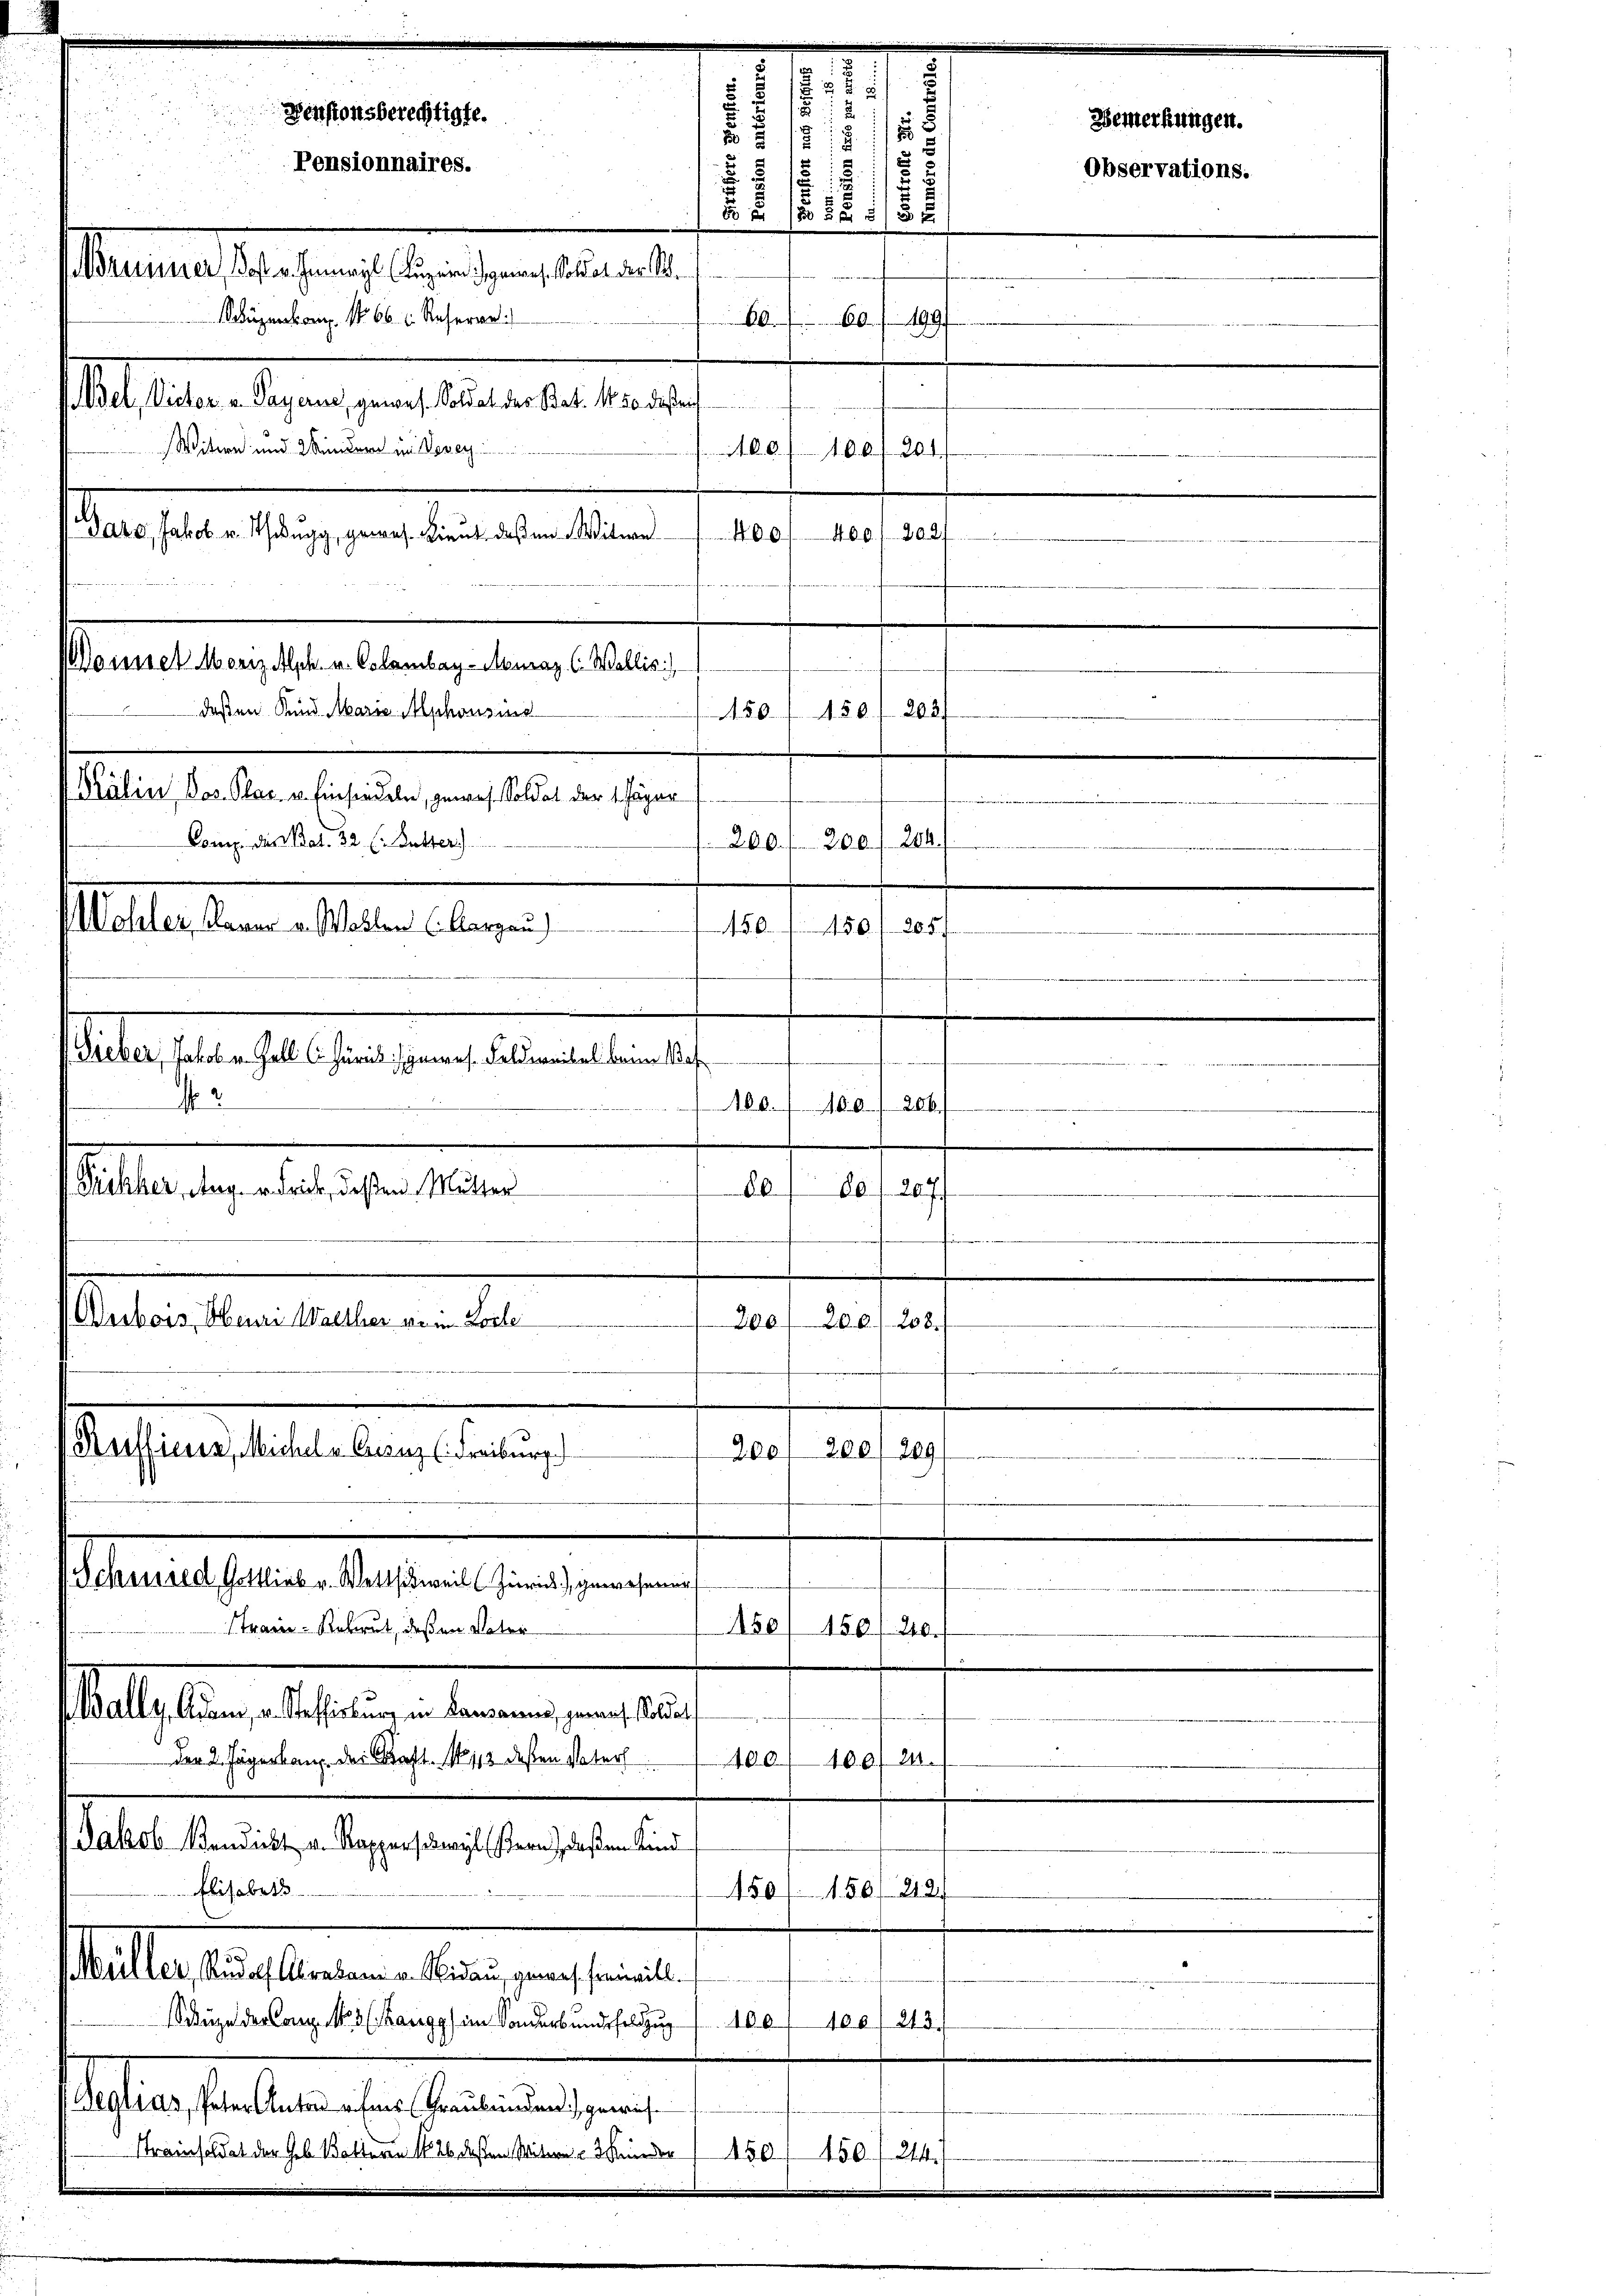
.
1
s
¬
2.
Pensionsberechtigte.
s
5
850
1819.
Pensionnaires.
u

 0 x
d
Material tragung der geselbe alten
ügen kann. No 66. l. Reherre
60/ 189
B
Ael, Victor v. Payerne, gewes. Soldat der Bat. 1450 daß ei
Witwe und Mindern im Vevey
A.R. 0.
100/201.
Merselbe seine an dieselben einen
400/2021
400

deßen Rund. Maria Mphonsis
Kälin Jos. Plac. u. Einsiedeln, gewes. Soldat der 1. Jäger
Comp. das Prat. 32 (Butter)
Mohler, Claver v. Wallen (Aargau)
 §. 6.
esan
Gieber, Jakob u. Gall. C. Zürick gewes. Feldweibel beim Bef
.
A80.
206.
.

Pickher, Aug. v. Frick, deßen Mutter
80
80 (207/
f
f
.
Dubois, Obern Walther vom Loche
300 f 200, 208.

ousset Moriz Alph. u. Colombay-Mmaz. C. Wallis)

Kufficier, Michel - Canz. (Freiburg.

Mally, Adam, u. Steffisburg in Kausannes, genes Soldat

206
Schusssed Gottlieb u. Wettschweil (Zürich), gewesener
tram Rekrut, daß in Vater
150/ 150 f 240.

450 f 202.
A.50.

200. f. 200. 204.

s

e

der 2. Jägerbau der Kraft. N. 113 dessen Vaters
400
100f 24.
Jakob Vendickt v. Rapperschwyl (Bern, daß ein Kind
Elisabet
150/ 150, 412.
Statte Einleiten aber den seinen
Schüze der Comp. 105 (Kangg an Sonderbundesfeldzug f 100
100) 213.
Sch erstellen halternen, un
Stramisoldat der Geb. Ketteren No 26 deßen Mitern u. 2 Kinder
450, 150/244.

Bemerkungen.
Observations.